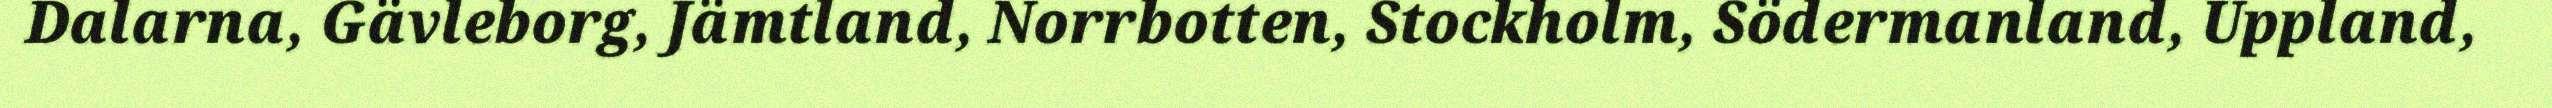
Dalarna, Gävleborg, Jämtland, Norrbotten, Stockholm, Södermanland, Uppland,